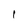
Character: 1